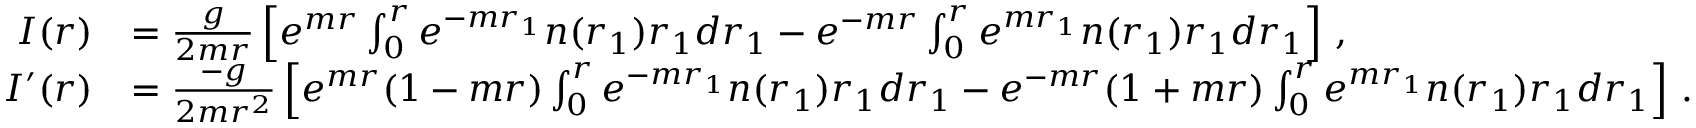
\begin{array} { r l } { I ( r ) } & { = \frac g { 2 m r } \left[ e ^ { m r } \int _ { 0 } ^ { r } e ^ { - m r _ { 1 } } n ( r _ { 1 } ) r _ { 1 } d r _ { 1 } - e ^ { - m r } \int _ { 0 } ^ { r } e ^ { m r _ { 1 } } n ( r _ { 1 } ) r _ { 1 } d r _ { 1 } \right] \, , } \\ { I ^ { \prime } ( r ) } & { = \frac { - g } { 2 m r ^ { 2 } } \left[ e ^ { m r } ( 1 - m r ) \int _ { 0 } ^ { r } e ^ { - m r _ { 1 } } n ( r _ { 1 } ) r _ { 1 } d r _ { 1 } - e ^ { - m r } ( 1 + m r ) \int _ { 0 } ^ { r } e ^ { m r _ { 1 } } n ( r _ { 1 } ) r _ { 1 } d r _ { 1 } \right] \, . } \end{array}